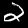
Digit: 2